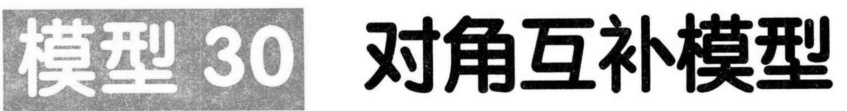
模型 30  对角互补模型